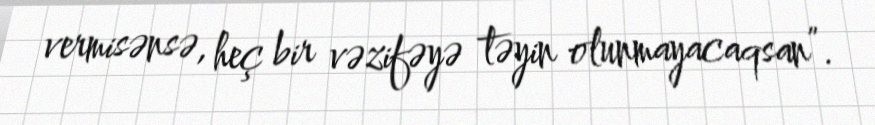
vermisənsə, heç bir vəzifəyə təyin olunmayacaqsan”.